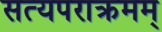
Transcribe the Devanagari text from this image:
सत्यपराक्रमम्